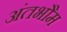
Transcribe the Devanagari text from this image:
अंतभौम